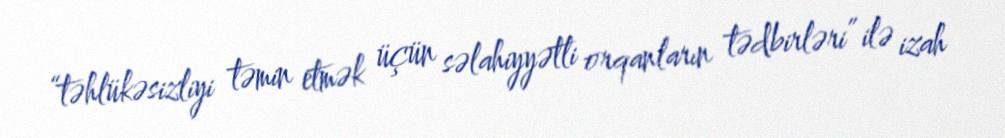
“təhlükəsizliyi təmin etmək üçün səlahiyyətli orqanların tədbirləri” ilə izah